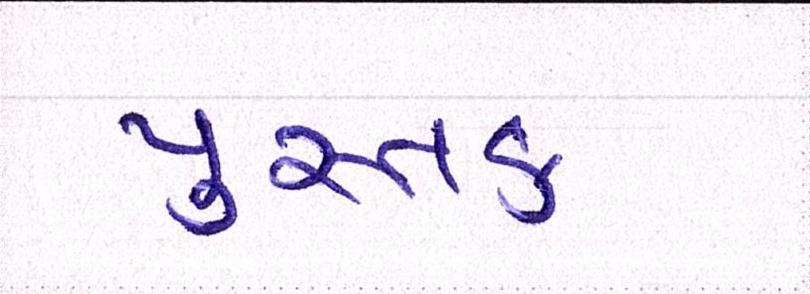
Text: પુસ્તક